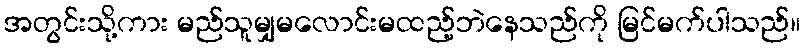
အတွင်းသို့ကား မည်သူမျှမလောင်းမထည့်ဘဲနေသည်ကို မြင်မက်ပါသည်။